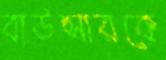
বাউন্সারকে